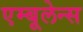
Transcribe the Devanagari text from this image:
एम्‍बूलेन्‍स